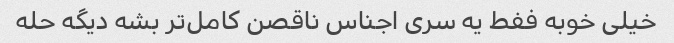
خیلی خوبه ففط یه سری اجناس ناقصن کامل‌تر بشه دیگه حله